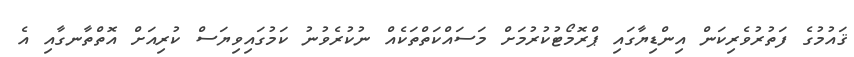
ޤައުމުގެ ފަތުރުވެރިކަން އިންޑިޔާގައި ޕްރޮމޯޓުކުރުމަށް މަސައްކަތްތަކެއް ނުކުރެވުނު ކަމުގައިވިޔަސް ކުރިއަށް އޮތްތާނގާއި އެ